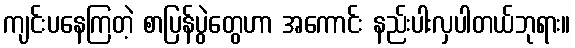
ကျင်းပနေကြတဲ့ စာပြန်ပွဲတွေဟာ အကောင်း နည်းပါးလှပါတယ်ဘုရား။